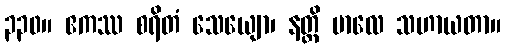
၃၃၀။ ဧကဿ စရိတံ သေယျော၊ နတ္ထိ ဗာလေ သဟာယတာ။